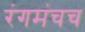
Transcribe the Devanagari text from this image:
रंगमंचच